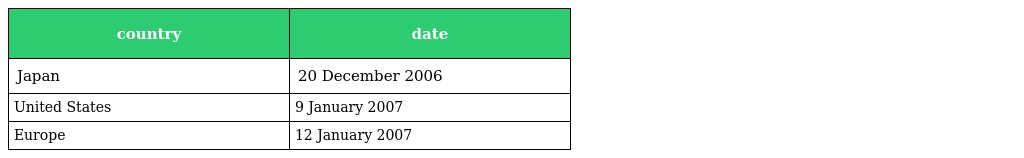
| country | date |
 | --- | --- |
 | Japan | 20 December 2006 |
 | United States | 9 January 2007 |
 | Europe | 12 January 2007 |